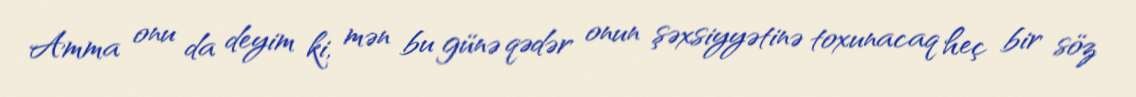
Amma onu da deyim ki, mən bu günə qədər onun şəxsiyyətinə toxunacaq heç bir söz